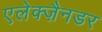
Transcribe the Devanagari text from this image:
एलेक्ज़ैनडर